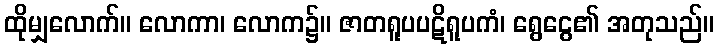
ထိုမျှလောက်။ လောကာ၊ လောက၌။ ဇာတရူပပဋိရူပကံ၊ ရွေငွေ၏ အတုသည်။